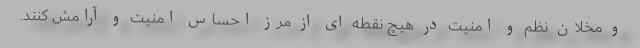
و مخلان نظم و امنیت در هیچ نقطه ای از مرز احساس امنیت و آرامش کنند.